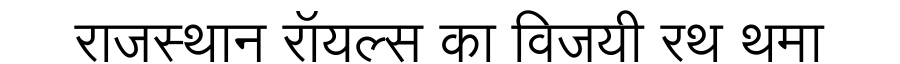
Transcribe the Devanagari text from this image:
राजस्थान रॉयल्स का विजयी रथ थमा